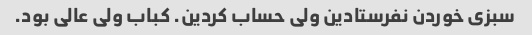
سبزی خوردن نفرستادین ولی حساب کردین. کباب ولی عالی بود.